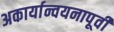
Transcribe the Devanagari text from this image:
अकार्यान्वयनापूर्वी